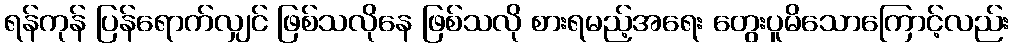
ရန်ကုန် ပြန်ရောက်လျှင် ဖြစ်သလိုနေ ဖြစ်သလို စားရမည့်အရေး တွေးပူမိသောကြောင့်လည်း